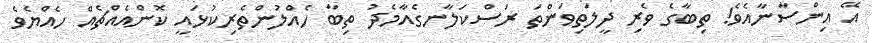
އޭ އިންސާނާއެވެ! ތިބާގެ ވެރި ދީލަތިވަންތަ ރަސްކަލާނގެއާމެދު ތިބާ ހެއްލުންތެރިކުޅައީ ކޮންއެއްޗެއް ހެއްޔެވެ